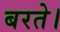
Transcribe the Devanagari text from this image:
बरते।